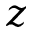
z